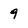
Character: 9